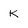
Character: K